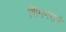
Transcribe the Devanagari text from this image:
शिंगणराजे